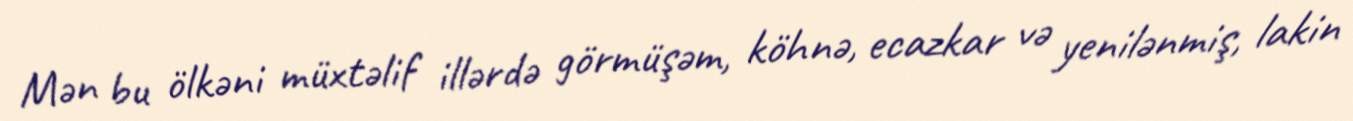
Mən bu ölkəni müxtəlif illərdə görmüşəm, köhnə, ecazkar və yenilənmiş, lakin